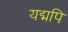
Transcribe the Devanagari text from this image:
यद्मपि